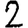
Digit: 2